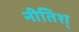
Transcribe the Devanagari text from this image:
नीतिश्